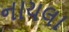
નાયલા